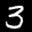
Label: 3